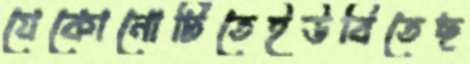
যেকোনোটিতেইউবিতেছ